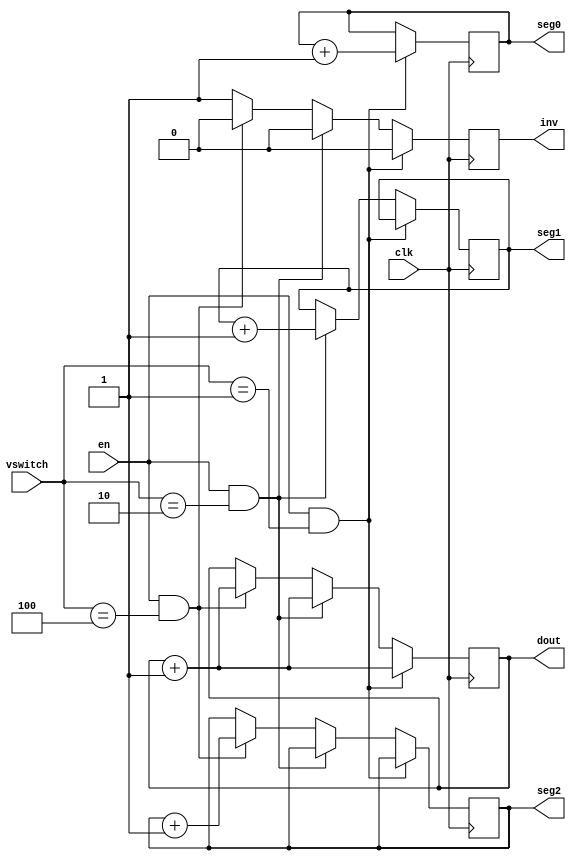
//add reset to make all zero in continous running condition
//say about push button in the ppt
module evmachine(vswitch, clk,en,dout,seg0,seg1,seg2,inv);
input [2:0] vswitch;
input clk,en;
output reg [2:0] dout = 3'b000,seg0=3'b000,seg1=3'b000,seg2=3'b000;
output reg inv;

always @(posedge clk)
begin
if(en==1 && vswitch==3'b001)
begin
inv<=1'b0;
seg0 <= seg0 + 3'b001;
dout <= dout + 3'b001;
end
else if(en==1 && vswitch == 3'b010)
begin
inv<=1'b0;
seg1<=seg1+3'b001;
dout<=dout+3'b001;
end
else if(en==1 && vswitch == 3'b100)
begin
inv<=3'b0;
seg2 <= seg2+3'b001;
dout<=dout+3'b001;
end
else
begin
inv<=1'b1;
seg0 <= seg0;
seg1<=seg1;
seg2<=seg2;
dout<=dout;
end
end
endmodule

module evmachine_tb();
reg [2:0] vstch;
reg clk,en;
wire [2:0] dout,s0,s1,s2;
wire inv;
evmachine ev1(vstch,clk,en,dout,s0,s1,s2,inv);
always #5 clk=~clk;
initial 
begin
clk=0;
en=0;
vstch = 3'b000;

#10
en = 1;
vstch = 3'b001;
#10
en=1;
vstch = 3'b001;
#10
vstch = 3'b010;
#10 vstch = 3'b100;
#10 $stop;
end
endmodule